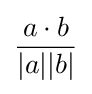
{\frac {a\cdot b}{|a||b|}}